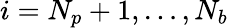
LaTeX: i=N_{p}+1,\dots,N_{b}